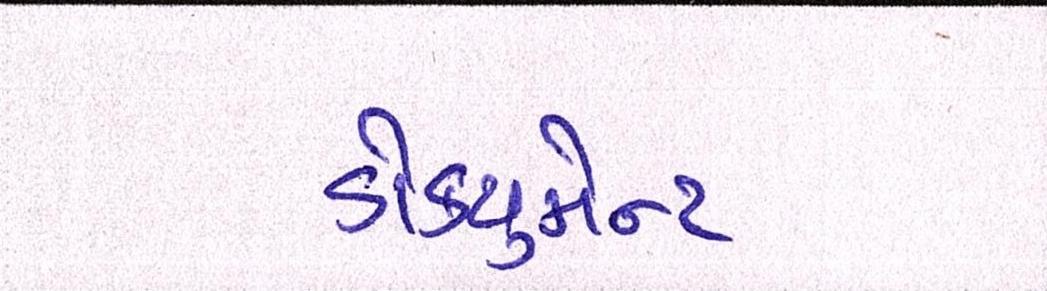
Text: ડોક્યુમેન્ટ